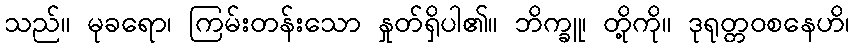
သည်။ မုခရော၊ ကြမ်းတန်းသော နှုတ်ရှိပါ၏။ ဘိက္ခူ၊ တို့ကို။ ဒုရုတ္တဝစနေဟိ၊